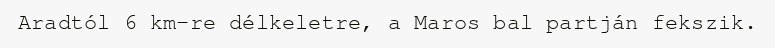
Aradtól 6 km-re délkeletre, a Maros bal partján fekszik.